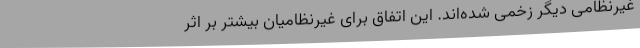
غیرنظامی دیگر زخمی شده‌اند. این اتفاق برای غیرنظامیان بیشتر بر اثر